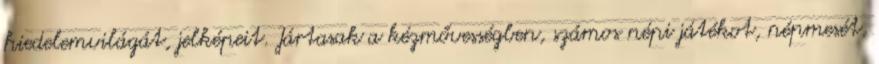
hiedelemvilágát, jelképeit. Jártasak a kézmővességben, számos népi játékot, népmesét,